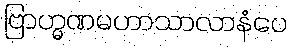
ဗြာဟ္မဏမဟာသာလာနံပေ